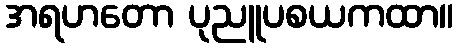
အရဟတော ပုညူပစယကထာ။